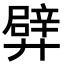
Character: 𨐢